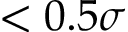
< 0 . 5 \sigma